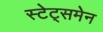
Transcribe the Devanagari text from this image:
स्‍टेट्समेन